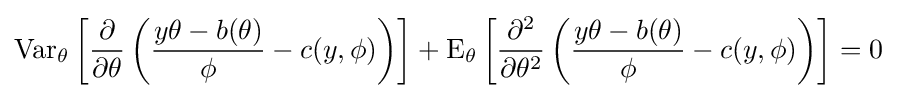
\operatorname {Var} _{\theta }\left[{\frac {\partial }{\partial \theta }}\left({\frac {y\theta -b(\theta )}{\phi }}-c(y,\phi )\right)\right]+\operatorname {E} _{\theta }\left[{\frac {\partial ^{2}}{\partial \theta ^{2}}}\left({\frac {y\theta -b(\theta )}{\phi }}-c(y,\phi )\right)\right]=0